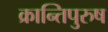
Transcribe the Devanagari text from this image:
क्रान्तिपुरुष